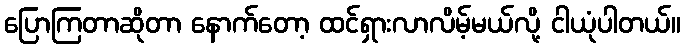
ပြောကြတာဆိုတာ နောက်တော့ ထင်ရှားလာလိမ့်မယ်လို့ ငါယုံပါတယ်။